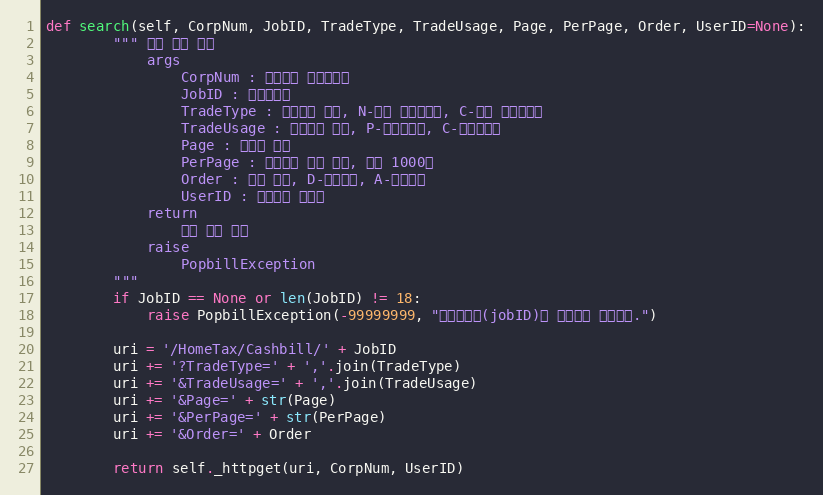
Language: Python
def search(self, CorpNum, JobID, TradeType, TradeUsage, Page, PerPage, Order, UserID=None):
        """ 수집 결과 조회
            args
                CorpNum : 팝빌회원 사업자번호
                JobID : 작업아이디
                TradeType : 문서형태 배열, N-일반 현금영수증, C-취소 현금영수증
                TradeUsage : 거래구분 배열, P-소등공제용, C-지출증빙용
                Page : 페이지 번호
                PerPage : 페이지당 목록 개수, 최대 1000개
                Order : 정렬 방향, D-내림차순, A-오름차순
                UserID : 팝빌회원 아이디
            return
                수집 결과 정보
            raise
                PopbillException
        """
        if JobID == None or len(JobID) != 18:
            raise PopbillException(-99999999, "작업아이디(jobID)가 올바르지 않습니다.")

        uri = '/HomeTax/Cashbill/' + JobID
        uri += '?TradeType=' + ','.join(TradeType)
        uri += '&TradeUsage=' + ','.join(TradeUsage)
        uri += '&Page=' + str(Page)
        uri += '&PerPage=' + str(PerPage)
        uri += '&Order=' + Order

        return self._httpget(uri, CorpNum, UserID)